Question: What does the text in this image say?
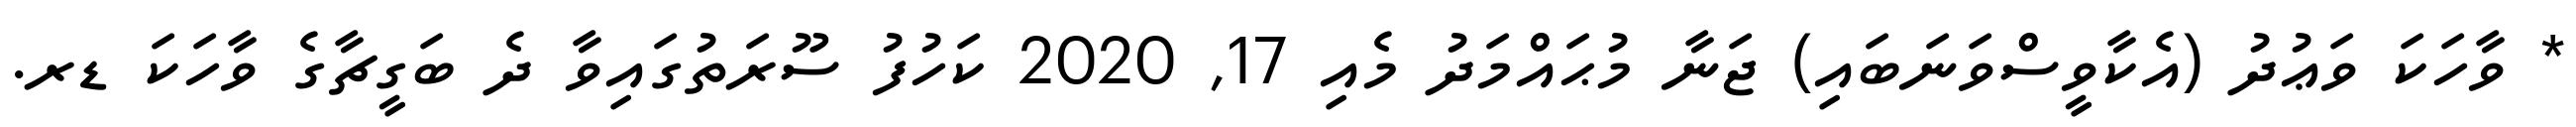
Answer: * ވާހަކަ ވަޢުދު (އެކާވީސްވަނަބައި) ޖަނާ މުޙައްމަދު މެއި 17, 2020 ކަހުފު ސޫރަތުގައިވާ ދެ ބަގީޗާގެ ވާހަކަ ޑރ.